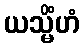
ယသ္မိံဟံ